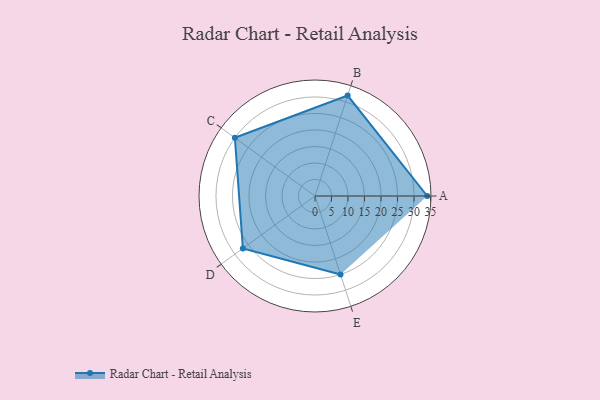
{"axis": {"x": "Skill", "y": "Score"}, "legend": ["Profile"], "data": [{"x": "A", "y": 34.0, "type": "Profile"}, {"x": "B", "y": 32.0, "type": "Profile"}, {"x": "C", "y": 30.0, "type": "Profile"}, {"x": "D", "y": 27.0, "type": "Profile"}, {"x": "E", "y": 25.0, "type": "Profile"}]}